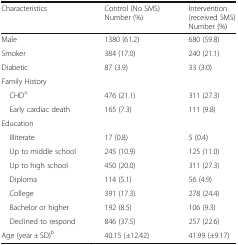
| Characteristics | Control (No SMS) Number (%) | Intervention (received SMS) Number (%) |
 | --- | --- | --- |
 | Male | 1380 (61.2) | 680 (59.8) |
 | Smoker | 384 (17.0) | 240 (21.1) |
 | Diabetic | 87 (3.9) | 33 (3.0) |
 | <COLSPAN=3> Family History |
 | CHDa | 476 (21.1) | 311 (27.3) |
 | Early cardiac death | 165 (7.3) | 111 (9.8) |
 | <COLSPAN=3> Education |
 | Illiterate | 17 (0.8) | 5 (0.4) |
 | Up to middle school | 245 (10.9) | 125 (11.0) |
 | Up to high school | 450 (20.0) | 311 (27.3) |
 | Diploma | 114 (5.1) | 56 (4.9) |
 | College | 391 (17.3) | 278 (24.4) |
 | Bachelor or higher | 192 (8.5) | 106 (9.3) |
 | Declined to respond | 846 (37.5) | 257 (22.6) |
 | Age (year ± SD)b | 40.15 (±12.42) | 41.99 (±9.17) |